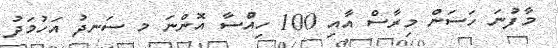
މާފުނަ ހަސަން މިރާސް އާއި 100 ހިއްސާ އޮންނަ މ ސަނދު އަހުމަދު